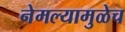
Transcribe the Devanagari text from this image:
नेमल्यामुळेच